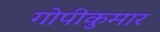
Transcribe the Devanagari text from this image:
गोपीकुमार